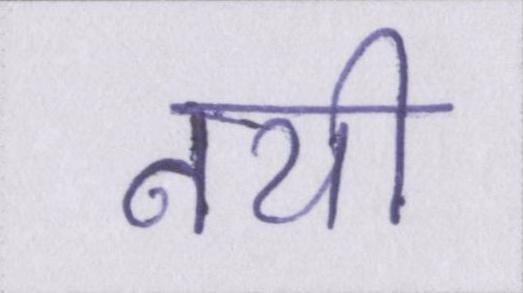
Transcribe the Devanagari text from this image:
नयी